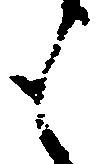
も